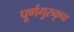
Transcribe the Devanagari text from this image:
पूर्णगुरुकृपा